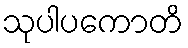
သုပါပကောတိ